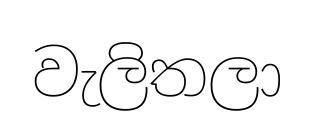
වැලිතලා